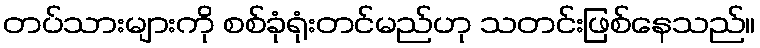
တပ်သားများကို စစ်ခုံရုံးတင်မည်ဟု သတင်းဖြစ်နေသည်။